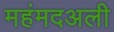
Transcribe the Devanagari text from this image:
महंमदअली